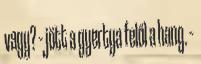
vagy? – jött a gyertya felől a hang. –